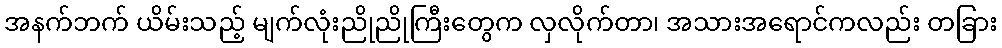
အနက်ဘက် ယိမ်းသည့် မျက်လုံးညိုညိုကြီးတွေက လှလိုက်တာ၊ အသားအရောင်ကလည်း တခြား